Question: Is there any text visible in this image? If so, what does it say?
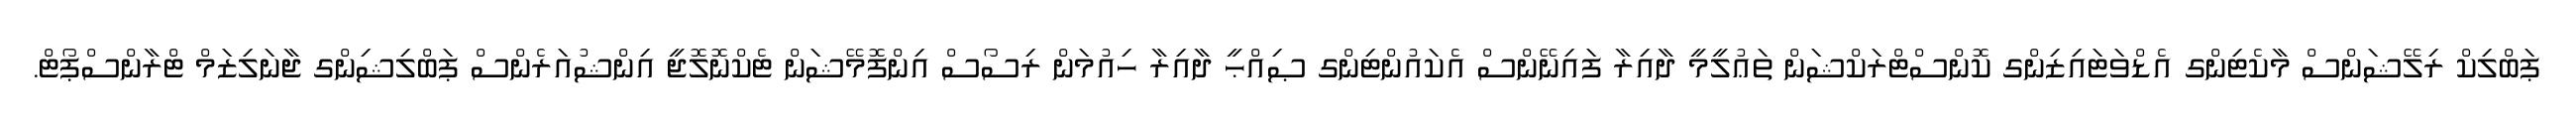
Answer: ޕަބްލިކް ރިލޭޝަންސް މާކެޓިންގ އެޑްވަޓައިޒިންގ ކޮންސްޓްރަކްޝަން ތަޢުލީމީ ދާއިރާ ފައިނޭންސް އެކައުންޓިންގ ޞިއްޙީ ދާއިރާ ހިއުމަން ރިސޯސް އިންފޮމޭޝަން ޓެކްނޮލޮޖީ އިންޝުއަރެންސް ޕަބްލިޝިންގ ޖާނަލިޒަމް ޓްރާންސްޕޯޓް.